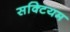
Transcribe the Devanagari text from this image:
सक्टियम